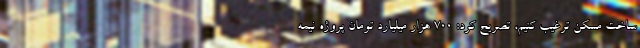
ساخت مسکن ترغیب کنیم، تصریح کرد: 700 هزار میلیارد تومان پروژه نیمه